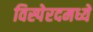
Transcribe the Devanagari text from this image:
विस्पेरदमध्ये